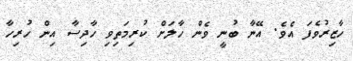
ހާޒިރުވެފަ އެވެ. އޭނާ ބުނީ ވެން ހާލަށް ކުރިމަތިވި ހާދިސާ އިން ހުރިހާ